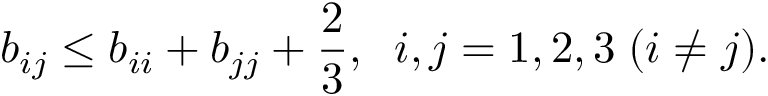
b _ { i j } \leq b _ { i i } + b _ { j j } + \frac 2 3 , \; \; i , j = 1 , 2 , 3 \; ( i \neq j ) .